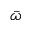
\bar { \omega }